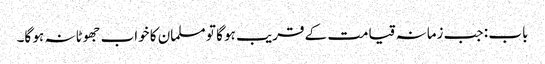
باب : جب زمانہ قیامت کے قریب ہو گا تو مسلمان کا خواب جھوٹا نہ ہو گا۔